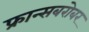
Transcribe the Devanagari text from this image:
फ्रान्सबरोबर